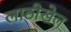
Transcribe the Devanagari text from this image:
लाठीखेल